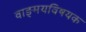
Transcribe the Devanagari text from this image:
वाङ्‌मयविषयक